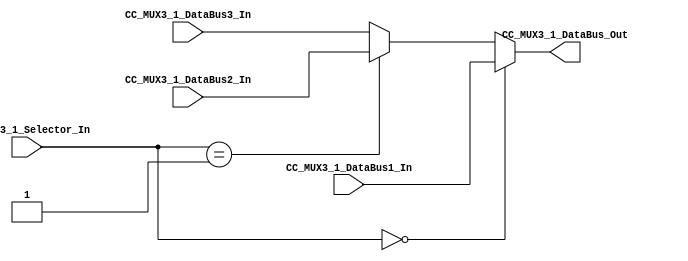
/*######################################################################
//#	G0B1T: HDL EXAMPLES. 2018.
//######################################################################
//# 
//# This program is free software: you can redistribute it and/or modify
//# it under the terms of the GNU General Public License as published by
//# the Free Software Foundation, version 3 of the License.
//#
//# This program is distributed in the hope that it will be useful,
//# but WITHOUT ANY WARRANTY; without even the implied warranty of
//# MERCHANTABILITY or FITNESS FOR A PARTICULAR PURPOSE.  See the
//# GNU General Public License for more details.
//#
//# You should have received a copy of the GNU General Public License
//# along with this program.  If not, see <http://www.gnu.org/licenses/>
//####################################################################*/
//=======================================================
//  MODULE Definition
//=======================================================
module CC_MUX3_1(
//////////// OUTPUTS //////////
	CC_MUX3_1_DataBus_Out,
//////////// INPUTS //////////
	CC_MUX3_1_Selector_In,
	CC_MUX3_1_DataBus1_In,
	CC_MUX3_1_DataBus2_In,
	CC_MUX3_1_DataBus3_In
);

//=======================================================
//  PARAMETER declarations
//=======================================================
parameter DATAWIDTH_BUS 	= 8;
//=======================================================
//  PORT declarations
//=======================================================

output reg 	[DATAWIDTH_BUS-1:0]CC_MUX3_1_DataBus_Out;

input 		[1:0]CC_MUX3_1_Selector_In;
input 		[DATAWIDTH_BUS-1:0]CC_MUX3_1_DataBus1_In;
input 		[DATAWIDTH_BUS-1:0]CC_MUX3_1_DataBus2_In;
input 		[DATAWIDTH_BUS-1:0]CC_MUX3_1_DataBus3_In;

//=======================================================
//  REG/WIRE declarations
//=======================================================


//=======================================================
//  Structural coding
//=======================================================

always @(*)begin

	if(CC_MUX3_1_Selector_In == 2'b00)
		CC_MUX3_1_DataBus_Out = CC_MUX3_1_DataBus1_In;
		
	else if (CC_MUX3_1_Selector_In == 2'b01)
		CC_MUX3_1_DataBus_Out = CC_MUX3_1_DataBus2_In;

	else if (CC_MUX3_1_Selector_In == 2'b10)
		CC_MUX3_1_DataBus_Out = CC_MUX3_1_DataBus3_In;

	else
		CC_MUX3_1_DataBus_Out = CC_MUX3_1_DataBus3_In;
		
end


endmodule